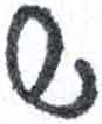
אות: ש